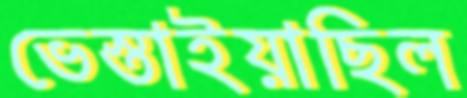
ভেস্তাইয়াছিল